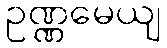
ဥဏ္ဏမေယျ